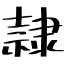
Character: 隷